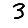
Digit: 3